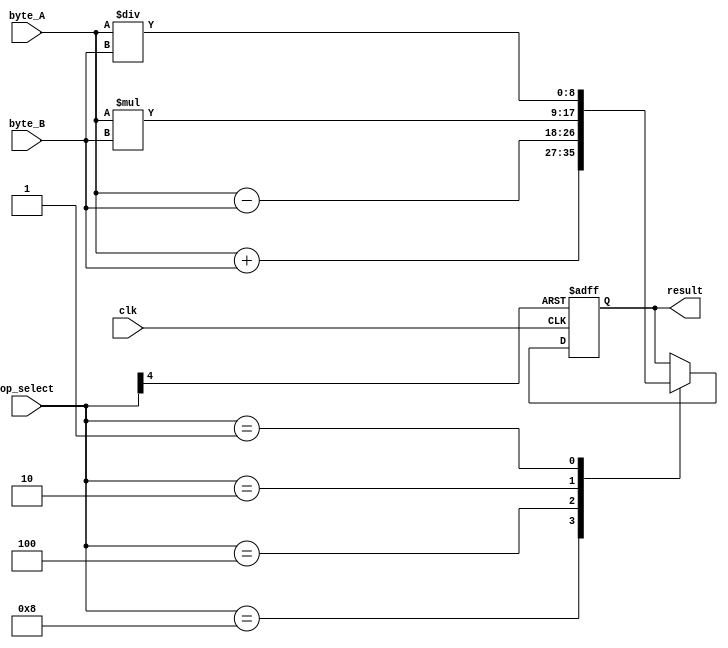
`timescale 1ns / 1ps
/*****************************************************
* Written by: David J. Marion
* Byte Calculator on BASYS 3 FPGA
*****************************************************/

module byte_calculator(
    input clk,
    input [7:0] byte_A,
    input [7:0] byte_B,
    input [4:0] op_select,
    output reg [8:0] result
    );
    
    wire reset;
    assign reset = op_select[4];
    // op_select[4] = btnC = reset
    // op_select[3] = btnU = ADD
    // op_select[2] = btnR = SUB
    // op_select[1] = btnD = MULT
    // op_select[0] = btnL = DIV
    
    always @(posedge clk or posedge reset) begin
        if(reset)
            result <= 8'b0000_0000;
        else
            case(op_select)
                5'b01000 : result <= byte_A + byte_B;
                5'b00100 : result <= byte_A - byte_B;
                5'b00010 : result <= byte_A * byte_B;
                5'b00001 : result <= byte_A / byte_B;
            endcase
    end
    
    
endmodule